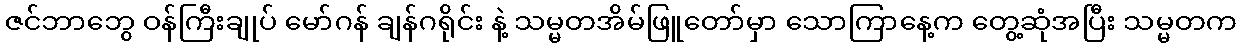
ဇင်ဘာဘွေ ဝန်ကြီးချုပ် မော်ဂန် ချန်ဂရိုင်း နဲ့ သမ္မတအိမ်ဖြူတော်မှာ သောကြာနေ့က တွေ့ဆုံအပြီး သမ္မတက